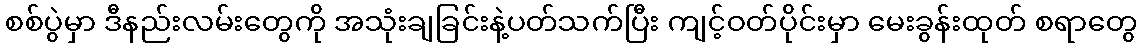
စစ်ပွဲမှာ ဒီနည်းလမ်းတွေကို အသုံးချခြင်းနဲ့ပတ်သက်ပြီး ကျင့်ဝတ်ပိုင်းမှာ မေးခွန်းထုတ် စရာတွေ